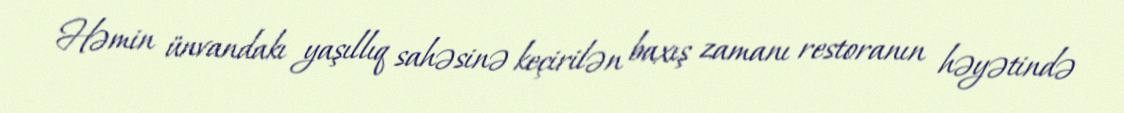
Həmin ünvandakı yaşıllıq sahəsinə keçirilən baxış zamanı restoranın həyətində